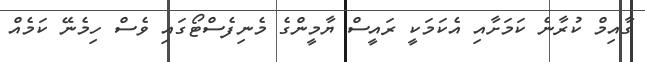
ގާއިމް ކުރާނެ ކަމަށާއި އެކަމަކީ ރައީސް ޔާމީންގެ މެނިފެސްޓޯގައި ވެސް ހިމެނޭ ކަމެއް